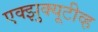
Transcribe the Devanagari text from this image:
एक्झुक्यूटीव्ह